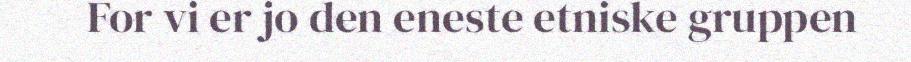
For vi er jo den eneste etniske gruppen